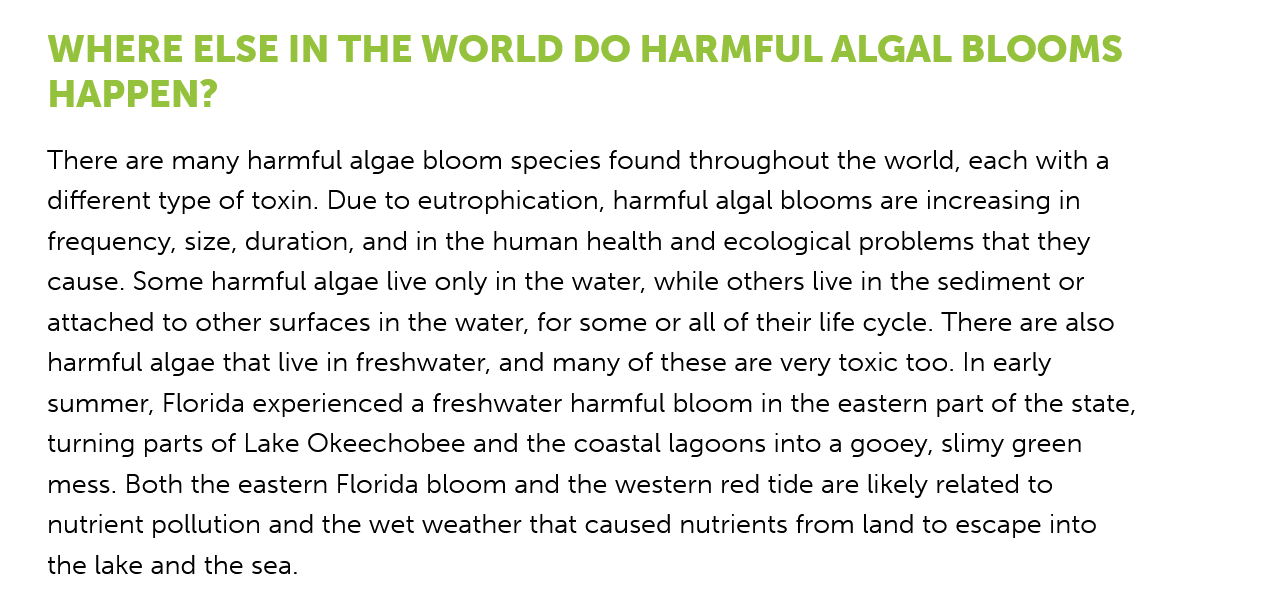
WHERE   ELSE    IN THE   WORLD    DO   HARMFUL    ALGAL    BLOOMS
    HAPPEN?
    There are many harmful algae bloom species found throughout the world, each with a
    different type of toxin. Due to eutrophication, harmful algal blooms are increasing in
    frequency, size, duration, and in the human health and ecological problems that they
    cause. Some harmful algae live only in the water, while others live in the sediment or
    attached to other surfaces in the water, for some or all of their life cycle. There are also
    harmful algae that live in freshwater, and many of these are very toxic too. In early
    summer, Florida experienced a freshwater harmful bloom in the eastern part of the state,
    turning parts of Lake Okeechobee and the coastal lagoons into a gooey, slimy green
    mess. Both the eastern Florida bloom and the western red tide are likely related to
    nutrient pollution and the wet weather that caused nutrients from land to escape into
    the lake and the sea.